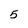
Character: 5